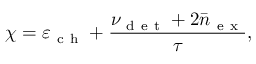
\chi = \varepsilon _ { \mathrm { ~ c ~ h ~ } } + \frac { \nu _ { \mathrm { ~ d ~ e ~ t ~ } } + 2 \bar { n } _ { \mathrm { ~ e ~ x ~ } } } { \tau } ,